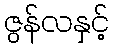
ဇွန်လနှင့်